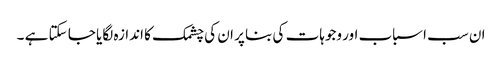
ان سب اسباب اور وجوہات کی بنا پر ان کی چشمک کا اندازہ لگایا جا سکتا ہے ۔